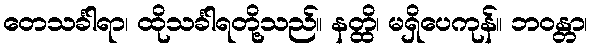
တေသင်္ခါရာ၊ ထိုသင်္ခါရတို့သည်။ နတ္ထိ၊ မရှိပေကုန်။ ဘဝန္တာ၊